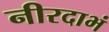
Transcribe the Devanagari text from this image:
नीरदाभं